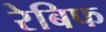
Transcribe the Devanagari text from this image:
रेबिफ